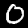
Label: 0